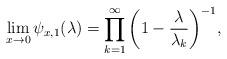
LaTeX: \begin{align*}\lim_{x\rightarrow 0} \psi_{x,1}(\lambda)=\prod_{k=1}^{\infty}\bigg( 1-\frac{\lambda}{\lambda_k} \bigg)^{-1},\end{align*}